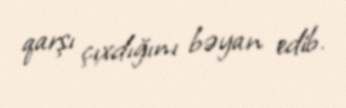
qarşı çıxdığını bəyan edib.